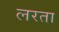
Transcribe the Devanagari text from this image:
लरता